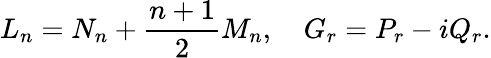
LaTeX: L_{n}=N_{n}+\frac{n+1}{2}M_{n},\quad G_{r}=P_{r}-iQ_{r}.